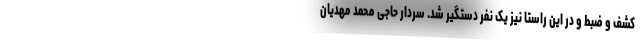
کشف و ضبط و در این راستا نیز یک نفر دستگیر شد. سردار حاجی محمد مهدیان